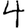
Digit: 4